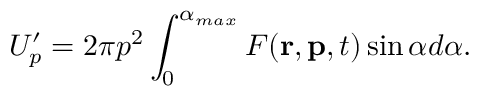
U _ { p } ^ { \prime } = 2 \pi p ^ { 2 } \int _ { 0 } ^ { \alpha _ { m a x } } F ( \mathbf { r } , \mathbf { p } , t ) \sin { \alpha } d \alpha .